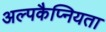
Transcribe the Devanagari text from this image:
अल्पकैप्नियता